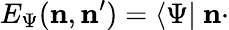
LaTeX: E_{\Psi}({\mathbf n},{\mathbf n}^{\prime})=\langle\Psi|\ {\mathbf n}\cdot